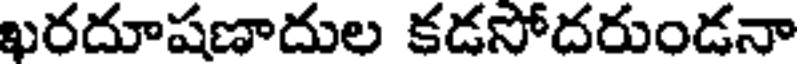
ఖరదూషణాదుల కడసోదరుండనా